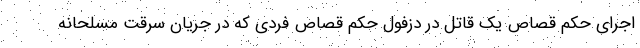
اجرای حکم قصاص یک قاتل در دزفول حکم قصاص فردی که در جریان سرقت مسلحانه